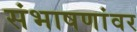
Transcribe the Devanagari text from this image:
संभाषणांवर